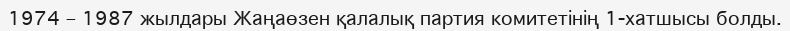
1974 – 1987 жылдары Жаңаөзен қалалық партия комитетінің 1-хатшысы болды.